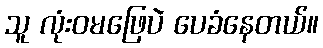
သူ လုံးဝမဖြေပဲ ပေခံနေတယ်။